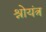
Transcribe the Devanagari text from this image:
श्रोयंत्र